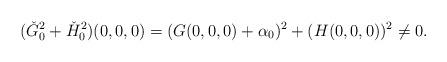
LaTeX: \begin{align*}(\check{G}_0^2+\check{H}_0^2)(0,0,0)=(G(0,0,0)+\alpha_0)^2 + (H(0,0,0))^2 \not=0.\end{align*}